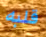
قلبه